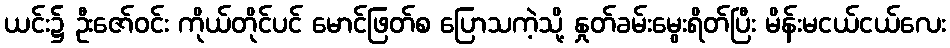
ယင်း၌ ဦးဇော်ဝင်း ကိုယ်တိုင်ပင် မောင်ဖြတ်စ ပြောသကဲ့သို့ နှုတ်ခမ်းမွေးရိတ်ပြီး မိန်းမငယ်ငယ်လေး